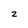
Character: 2